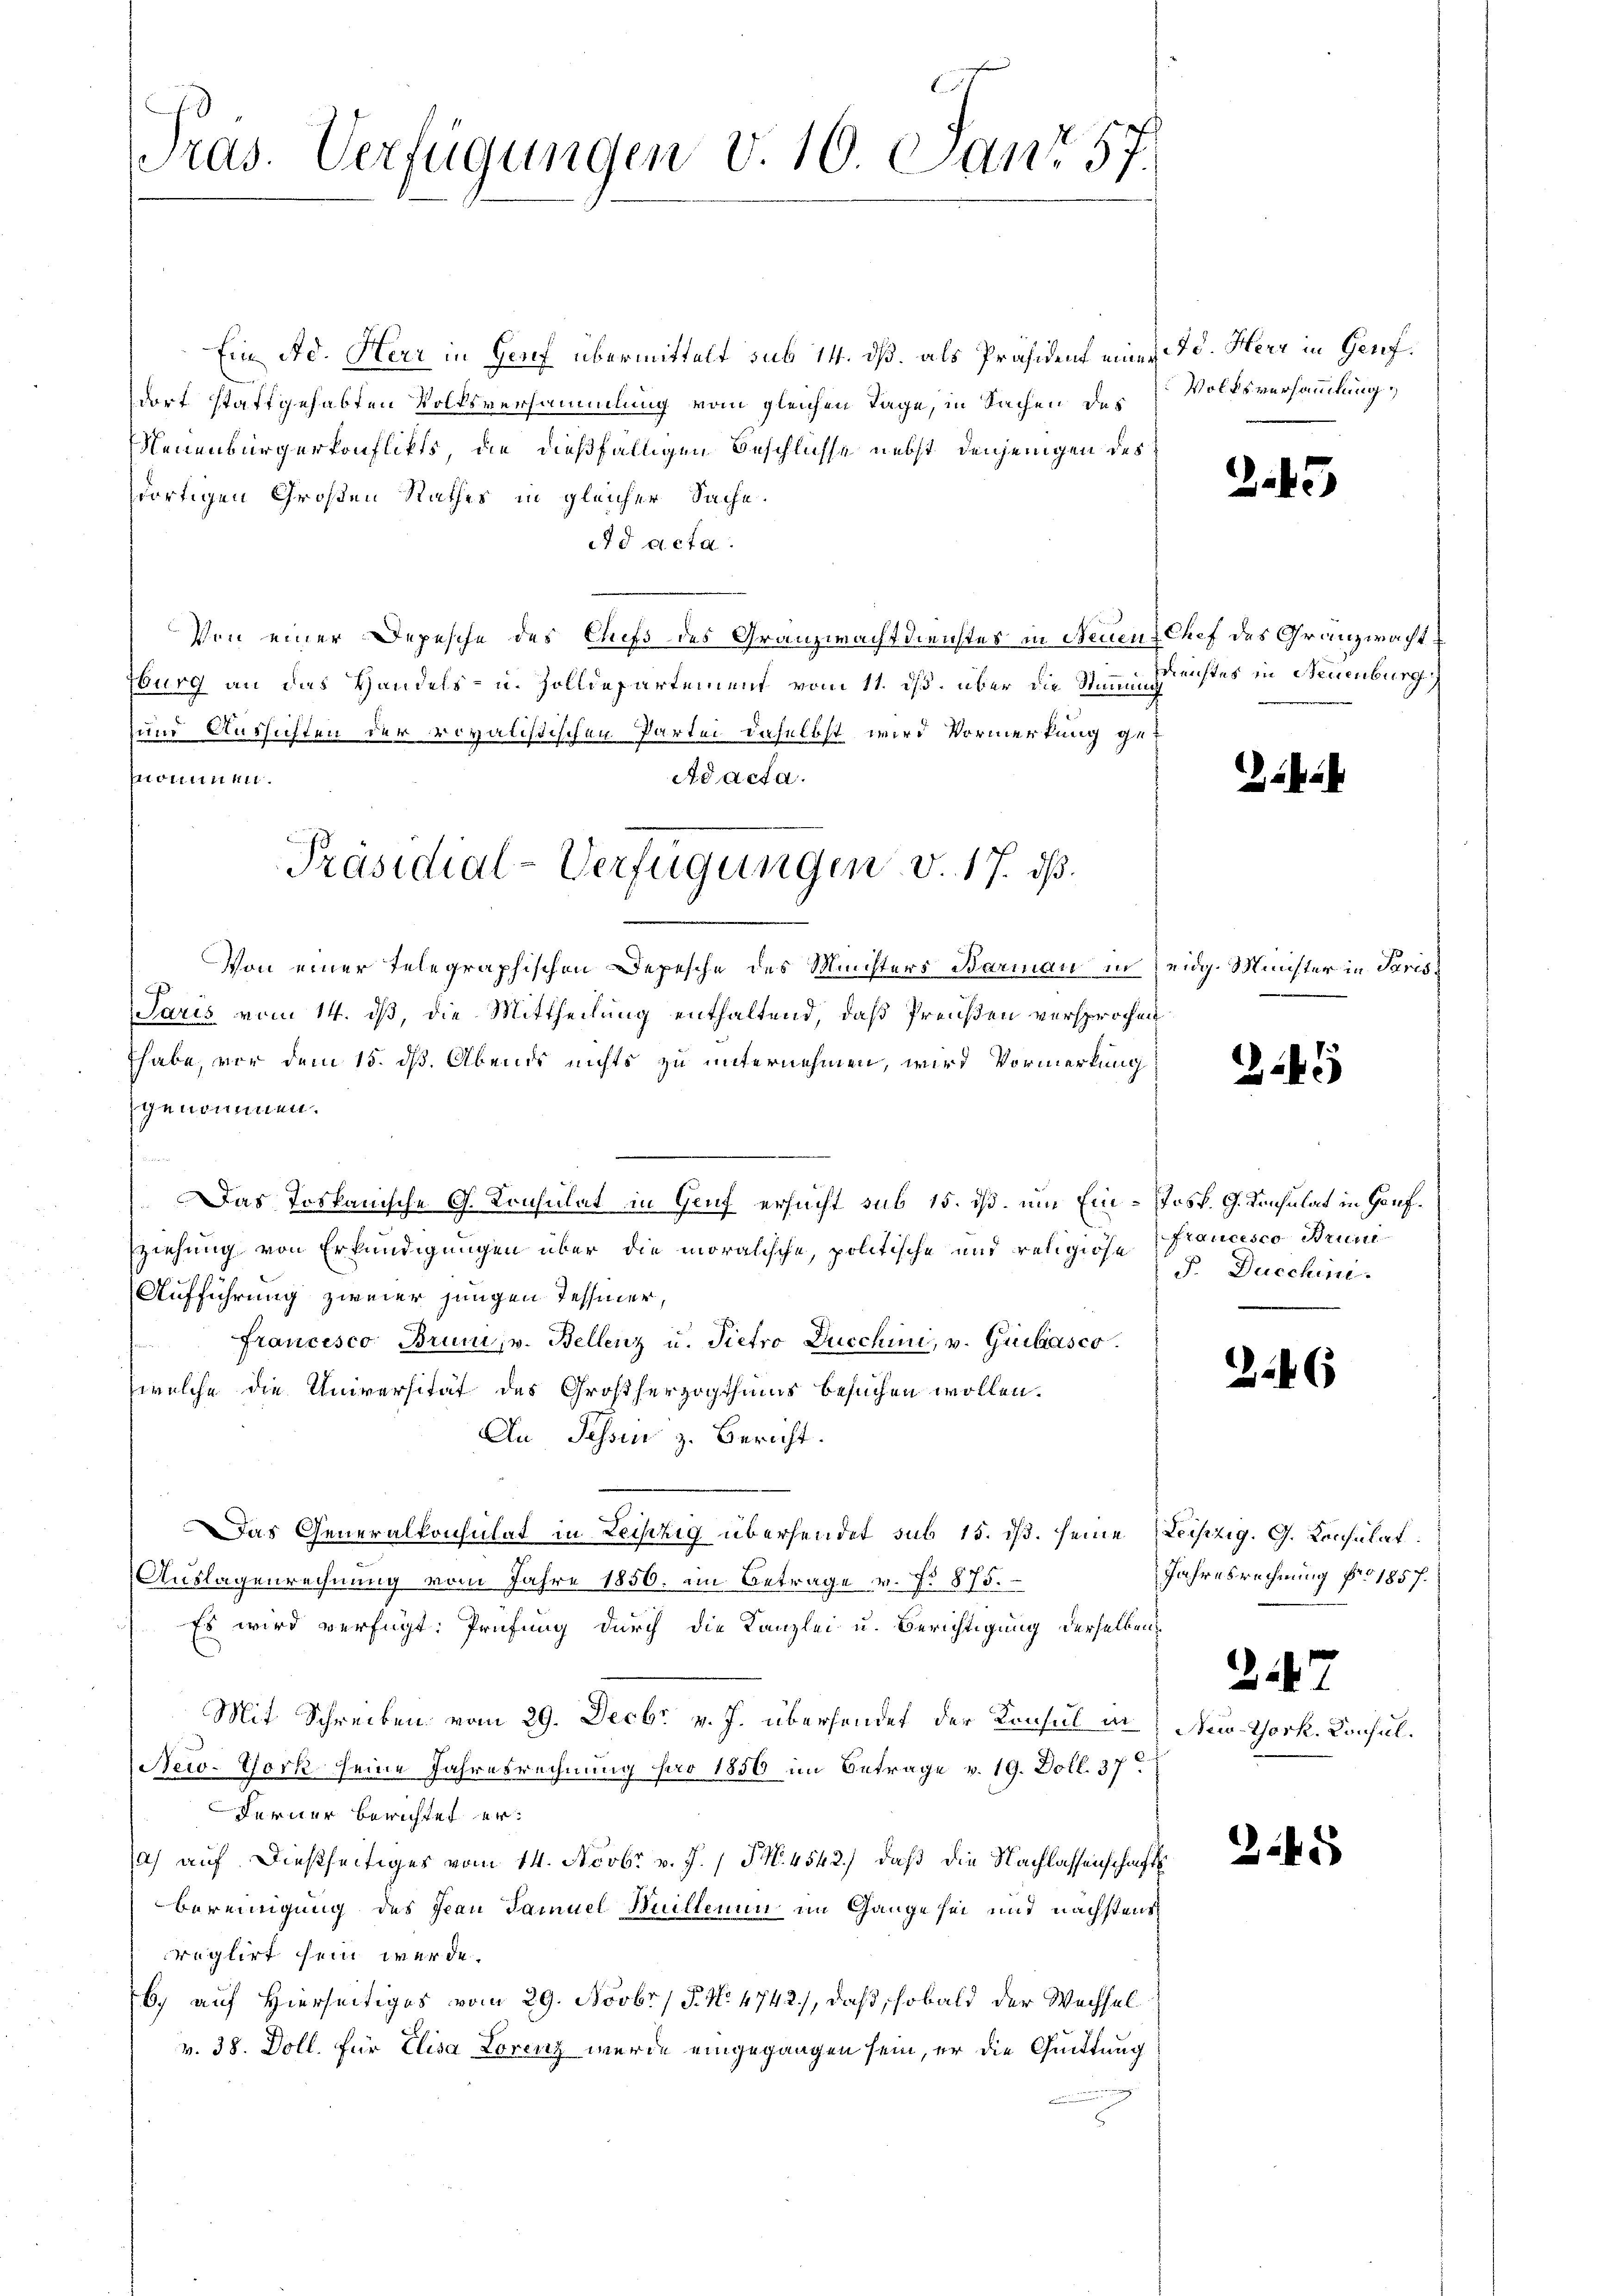
Pras. Verfügungen v. 10. Janr 57.

Ein Ad. Herr in Genf übermittelt sub 14. ds. als Präsident einer
dort stattgehabten Volksversammlung vom gleichen Tage, in Sachen des
Meuenbürgerkonflikts, die dießfälligen Beschlüsse nebst denjenigen des
dortigen Großen Rathes in gleicher Sache.
Ad acta.
Von einer Depesche des Chefs des Granzwachtdienstes in Neuen Chef des Granzwacht
sburg an das Handels- u. Zolldepartement vom 11. ds. über die Stimmung
und Aussichten der regalistischen Partei daselbst wird Vormerkung get
nommen.
Adacta.
Von einer telegraphischen Depesche des Ministers Barmann in eidg. Minister in Paris¬
Paris vom 14. ds, die Mittheilung enthaltend, daß Preußen versprochen
Ehabe, vor dem 15. dß. Abends nichts zu unternehmen, wird Vormerkung
genommen.
n
Das Toskanische G. Consulat in Genf ersucht sub 15. ds. um Ein-Josp. G. Konsulat in Genf¬
Eziehung von Erkundigungen über die moralische, politische und religiose Francesco Strun
u
Aufführung zweier jungen Tessiner,
francesco Bruni, u. Bellenz u. Pietro Ducchin, v. Giibiasco
welche die Universität des Großherzogthums besuchen wollen.
An Schon z. Bericht.
Das Generalkonsulat in Leistig übersendet sub 15. ds. seine Leipzig. G. Konsulat
Auslagenrechnung vom Jahre 1856. im Betrage v. f. 875.
Es wird verfügt: Prüfung durch die Kanzlei u. Berichtigung derselben
Mit Schreiben vom 29. Decbr v. J. übersendet der Konsul in
New-York seine Jahresrechnung pro 1856 im Betrage v. 19. Doll. 37
Ferner berichtet eras auf dießseitiges vom 14. Novbr. v. J.) S. 4542.) daß die Nachlassenschafts
bereinigung des Frau Samuel Muillenen im Gange sei und nächstens
reglirt sein werde.
6) auf Hierseitiges vom 29. Novbr. / 5. No 4742), daß sobald der Wechsel
v. 38. Doll. für Elisa Lorenz wurde eingegangen sein, er die Quittung

Präsidial-Verfügungen v. 17. ds.

Ad. Herr in Genf.
Volksversammlung

2

Reichtes in Neuenburge

2

F Ducchin.

.

.

Jahresrechnung pro 1857.

5

5

1

6

247
New-York, Konful.

5